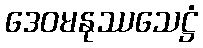
ဒေဝမနုဿသေဋ္ဌံ